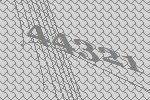
44321